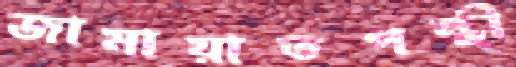
জামায়াতপন্থী